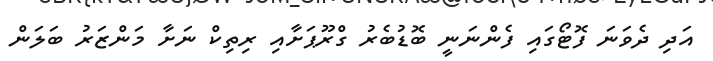
އަދި ދެވަނަ ފޮޓޯގައި ފެންނަނީ ބޮޑުބެރު ގްރޫޕަށާއި ރިތިކް ނަށާ މަންޒަރު ބަލަން